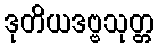
ဒုတိယဒဗ္ဗသုတ္တ